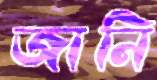
জানি